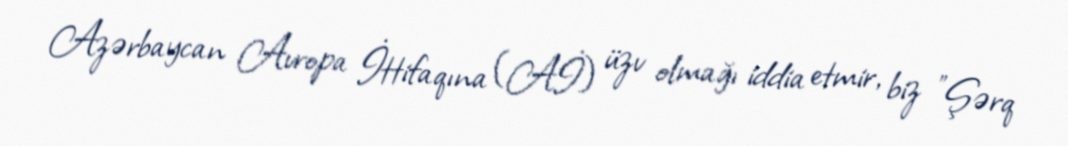
Azərbaycan Avropa İttifaqına (Aİ) üzv olmağı iddia etmir, biz "Şərq